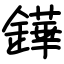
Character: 鏵